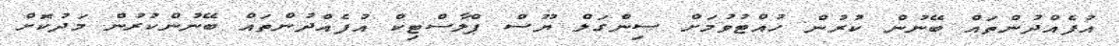
އުފެއްދުންތައް ބޭނުން ކުރުން ހުއްޓުވުމަށް ސިންގަލް ޔޫސް ޕްލާސްޓިކް އުފެއްދުންތައް ބޭނުންކުރުން މަދުކޮށް